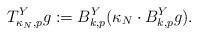
LaTeX: \begin{align*}T_{\kappa_N, p}^Y g := B_{k, p}^Y ( \kappa_N \cdot B_{k, p}^Y g).\end{align*}